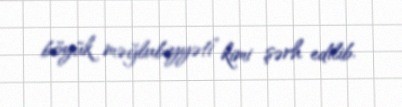
böyük məğlubiyyəti” kimi şərh edilib.